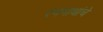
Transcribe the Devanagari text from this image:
रंगनाथांचे